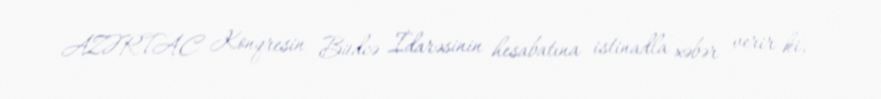
AZƏRTAC Konqresin Büdcə İdarəsinin hesabatına istinadla xəbər verir ki,